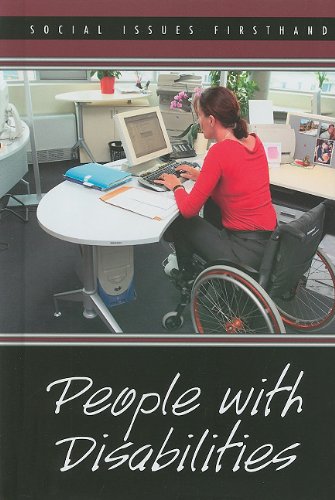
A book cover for People With Disabilities (Social Issues Firsthand); Hayley Mitchell Haugen; Teen & Young Adult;